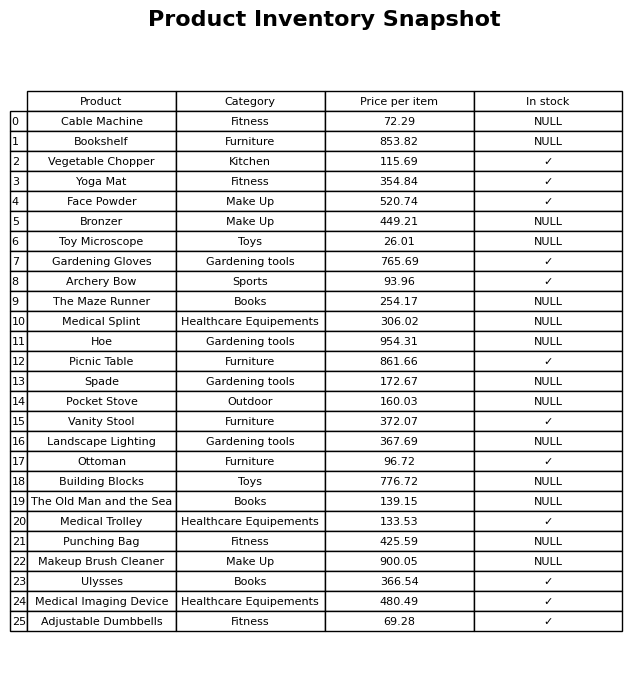
question: Is the Ulysses in stock?
answer: ✓